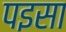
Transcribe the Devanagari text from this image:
पइसा